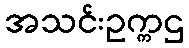
အသင်းဥက္ကဌ